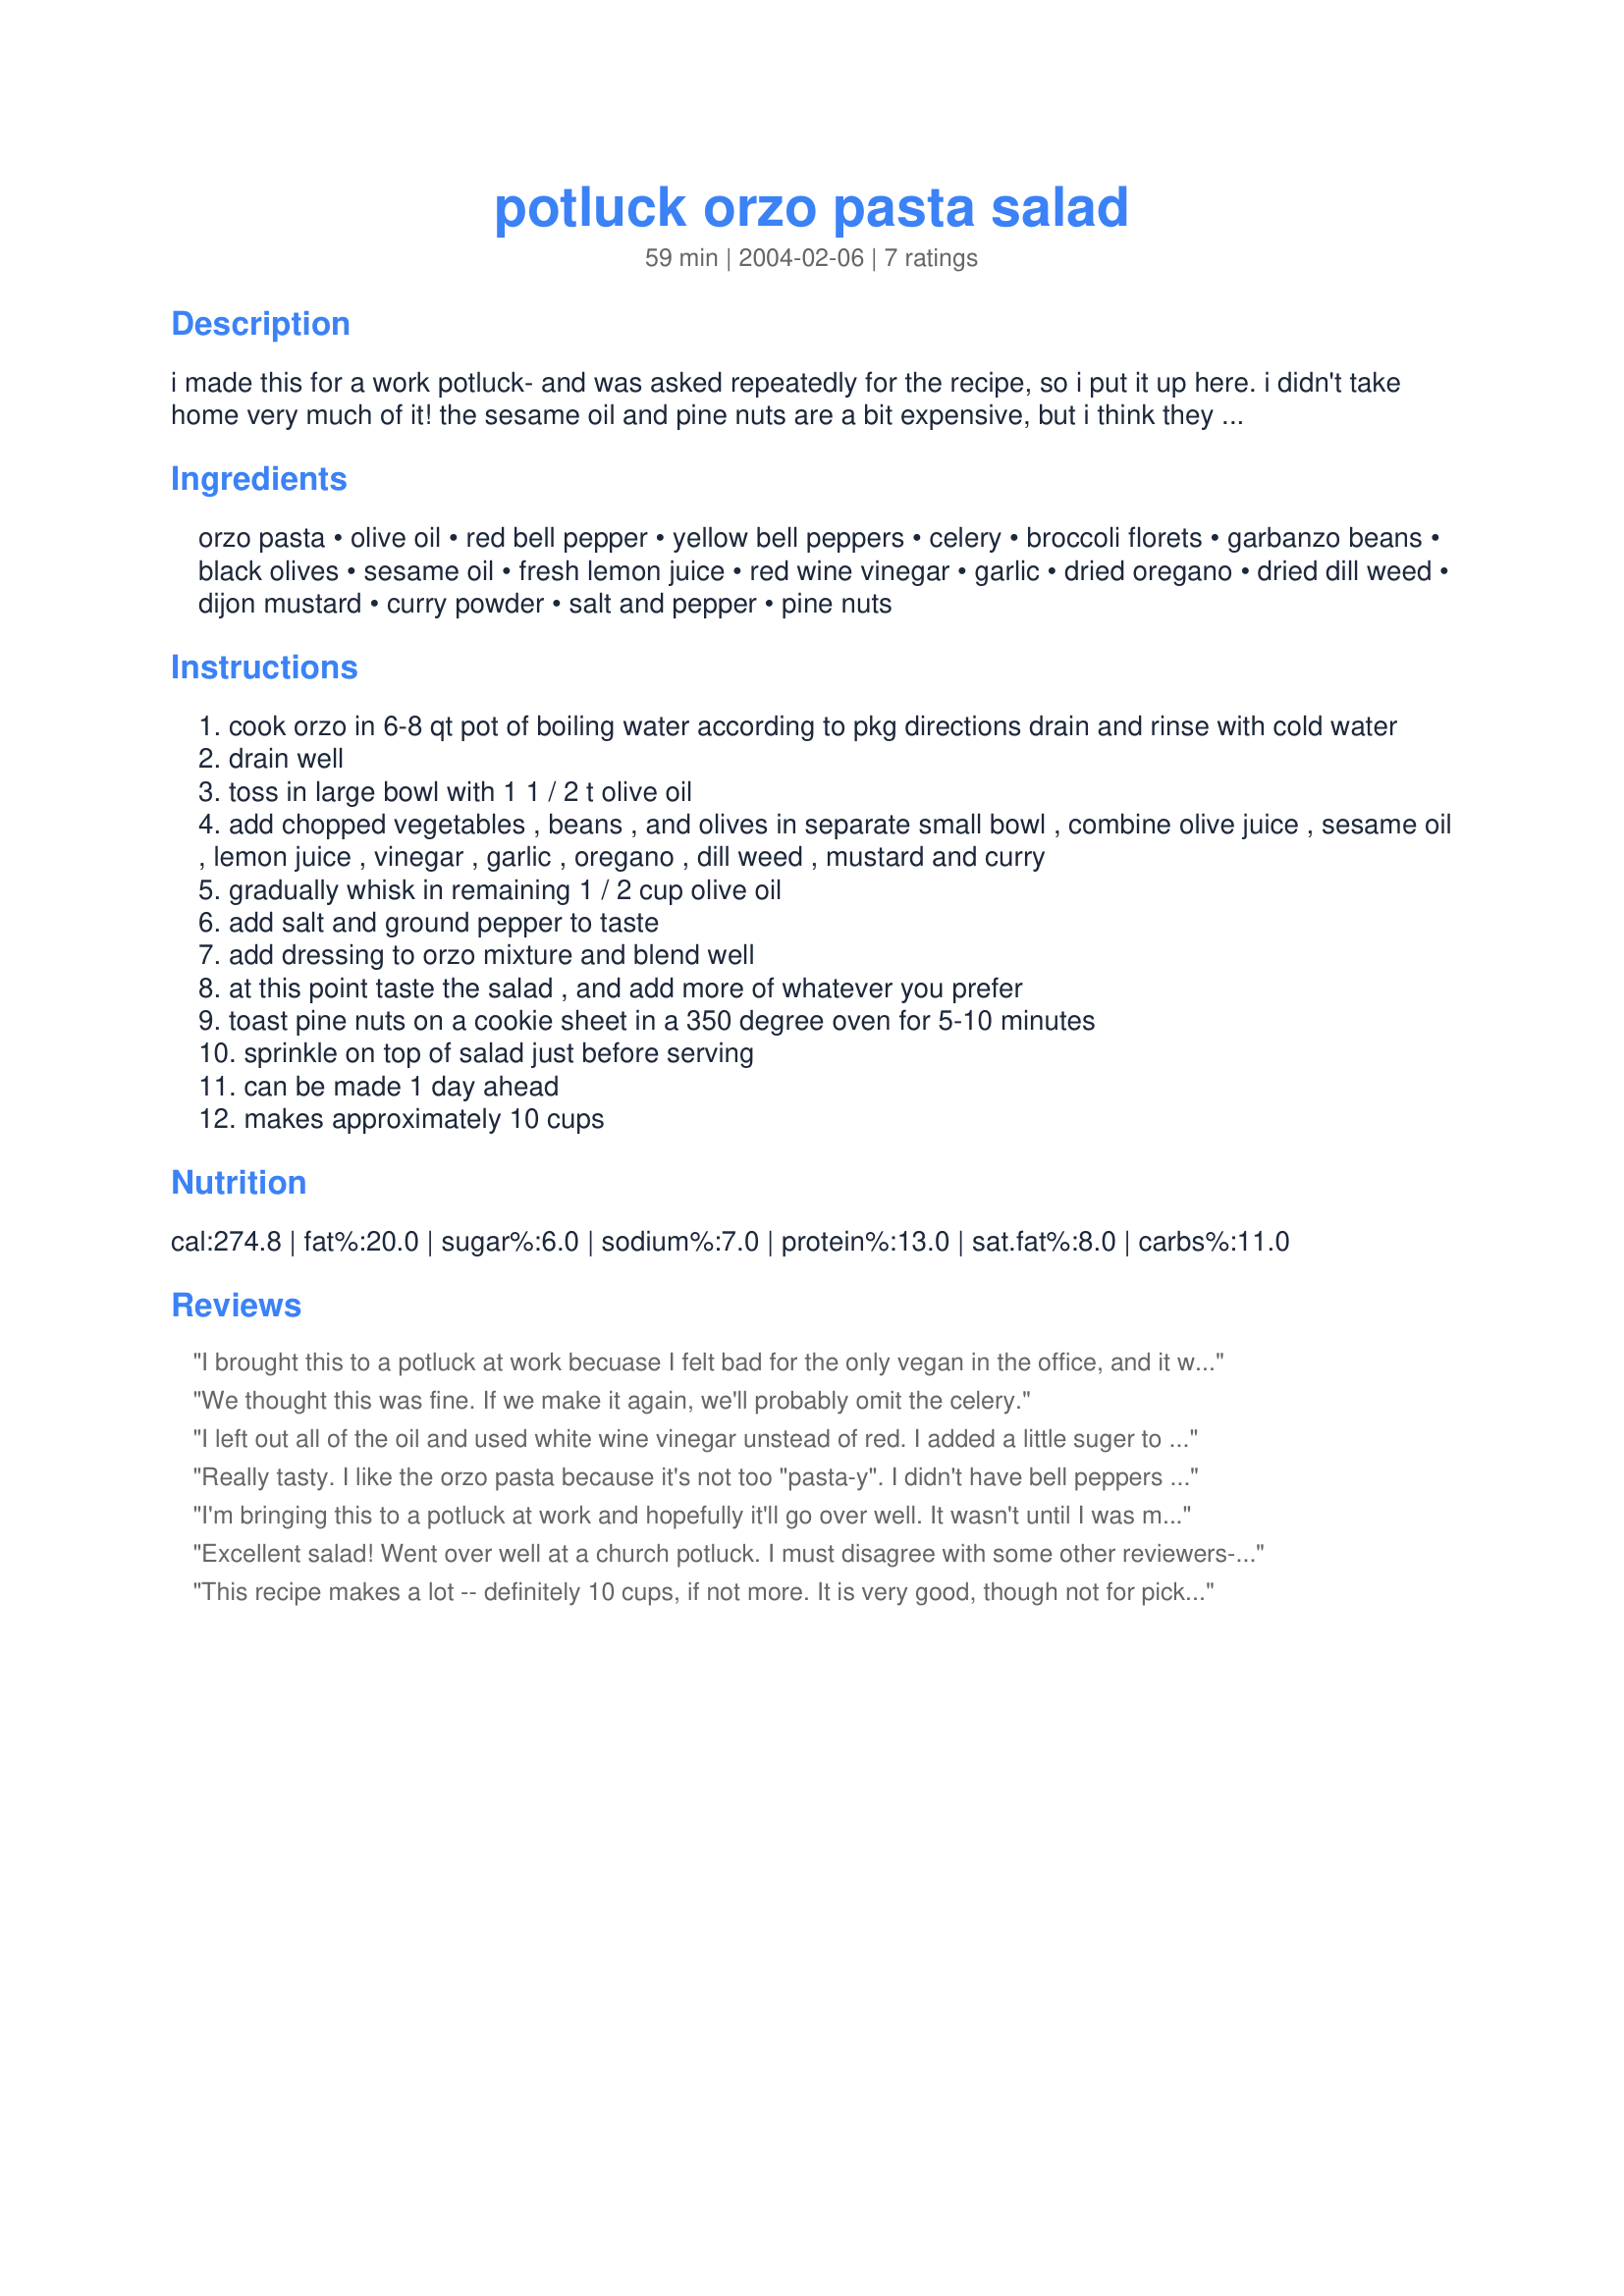
potluck orzo pasta salad
Preparation time: 59 minutes

i made this for a work potluck- and was asked repeatedly for the recipe, so i put it up here. i didn't take home very much of it! the sesame oil and pine nuts are a bit expensive, but i think they are what makes the recipe. it's very easy and fairly quick to prepare.

Ingredients:
orzo pasta, olive oil, red bell pepper, yellow bell peppers, celery, broccoli florets, garbanzo beans, black olives, sesame oil, fresh lemon juice, red wine vinegar, garlic, dried oregano, dried dill weed, dijon mustard, curry powder, salt and pepper, pine nuts

Steps:
cook orzo in 6-8 qt pot of boiling water according to pkg directions drain and rinse with cold water
drain well
toss in large bowl with 1 1 / 2 t olive oil
add chopped vegetables , beans , and olives in separate small bowl , combine olive juice , sesame oil , lemon juice , vinegar , garlic , oregano , dill weed , mustard and curry
gradually whisk in remaining 1 / 2 cup olive oil
add salt and ground pepper to taste
add dressing to orzo mixture and blend well
at this point taste the salad , and add more of whatever you prefer
toast pine nuts on a cookie sheet in a 350 degree oven for 5-10 minutes
sprinkle on top of salad just before serving
can be made 1 day ahead
makes approximately 10 cups

Reviews:
I brought this to a potluck at work becuase I felt bad for the only vegan in the office, and it was a hit with EVERYONE! The leftover salad was gobbled up by the next day. I thought the combo of dill and curry would be odd, but I followed the recipe exactly, and the flavors worked really well together. I'm not generally a huge fan of curry, but I have to say the salad was excellent. As bekbek mentioned, I think it is best to make this salad in advance... The only change I made to the recipe was to make a double batch of the dressing so I could put 1/2 on the salad the night before, and the rest just before serving, because I have found that pasta salads tend to absorb the dressing when siting overnight in the fridge. Delish!! Thanks for posting!
We thought this was fine. If we make it again, we'll probably omit the celery.
I left out all of the oil and used white wine vinegar unstead of red. I added a little suger to take the edge off and it was great. I am sure it is really good with the oil, but I don't think you need it
Really tasty. I like the orzo pasta because it's not too "pasta-y". I didn't have bell peppers so I used some shredded carrots, spinach, and tomato. It was very nice, but I think I would use less oil next time; it was a little greasy.
I'm bringing this to a potluck at work and hopefully it'll go over well. It wasn't until I was making this recipe that I realized the strange combination of DILL and CURRY. I think next time I'll leave one or the other out. Probably leave out the dill. I did add red onions. I think orzo is my new favorite pasta though so thanks for this recipe. It was fun to make and it did make A LOT - 10 cups.
Excellent salad! Went over well at a church potluck. I must disagree with some other reviewers----I loved the subtle curry flavor. It was not overpowering at all. Perhaps the negative curry opinions come from a preconceived notion when you read the recipe. You may question how all those many flavors are going to work together. But, believe me, they do!
This recipe makes a lot -- definitely 10 cups, if not more. It is very good, though not for picky eaters...there are a lot of flavors, and I'd actually recommend making it 24 hours ahead of time to let things blend. To me though, the curry was still the dominant flavor -- if you don't like it, it's probably best to eliminate it entirely from the recipe. I halved the oregano, cut the oil to about 1/3 cup, eliminated the peppers and celery, doubled the broccoli, and added fresh mushrooms and a thinly sliced onion. Thanks for posting!
